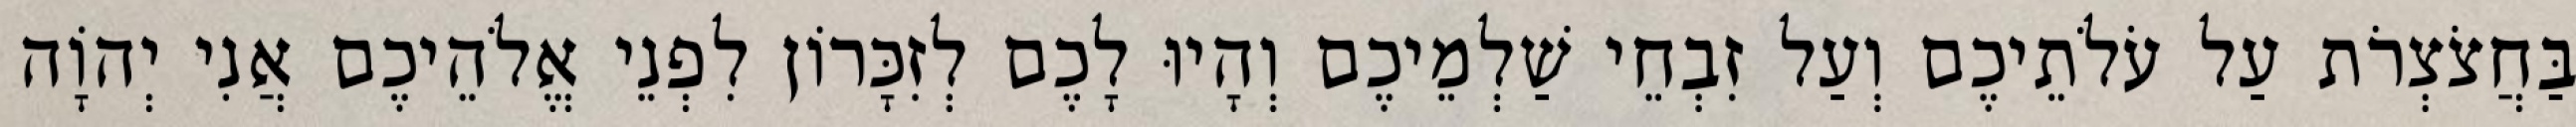
בַּחֲצֹצְרֹת עַל עֹלֹתֵיכֶם וְעַל זִבְחֵי שַׁלְמֵיכֶם וְהָיוּ לָכֶם לְזִכָּרוֹן לִפְנֵי אֱלֹהֵיכֶם אֲנִי יְהוָֹה